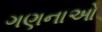
ગણનાઓ